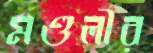
মণ্ডলীর